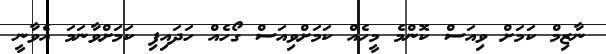
ނާޒިމް ކަމަށް ވިއަސް ކޮންމެ މީހެއް ކަމަށްވިއަސް ގޯހެއް ހަދައިފި ކަމަށްވާނަމަ އެވާނީ